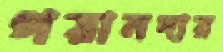
গয়ানদার